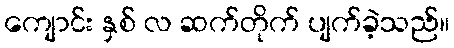
ကျောင်း နှစ် လ ဆက်တိုက် ပျက်ခဲ့သည်။